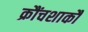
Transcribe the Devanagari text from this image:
क्रौंचशाकौ